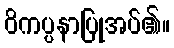
ဝိကပ္ပနာပြုအပ်၏။